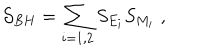
{ \cal S } _ { B H } = \sum _ { i = 1 , 2 } S _ { E _ { i } } S _ { M _ { i } } \; ,